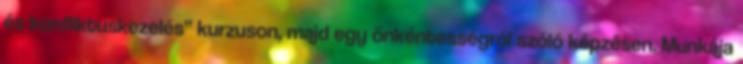
és konfliktuskezelés” kurzuson, majd egy önkéntességről szóló képzésen. Munkája